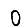
Digit: 0